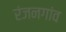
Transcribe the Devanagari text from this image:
रंजनगांव